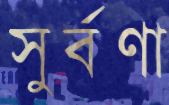
সুর্বণা